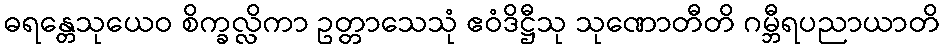
ဓရန္တေသုယေဝ စိက္ခလ္လိကာ ဥတ္တာသေသုံ ဧဝံဒိဋ္ဌီသု သုဏောတီတိ ဂမ္ဘီရပညာယာတိ